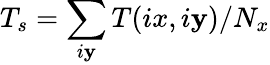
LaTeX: T_{s}=\sum_{i\mathbf{y}}T(ix,i\mathbf{y})/N_{x}